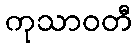
ကုသာဝတီ